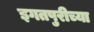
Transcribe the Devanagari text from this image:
इगतपुरीच्या